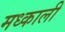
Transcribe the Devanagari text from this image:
मध्काली